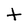
Character: t